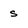
Character: s